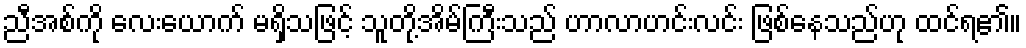
ညီအစ်ကို လေးယောက် မရှိသဖြင့် သူတို့အိမ်ကြီးသည် ဟာလာဟင်းလင်း ဖြစ်နေသည်ဟု ထင်ရ၏။